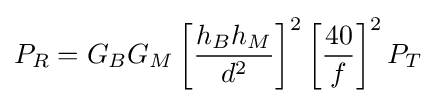
P_{R}=G_{B}G_{M}\left[{\frac {h_{B}h_{M}}{d^{2}}}\right]^{2}\left[{\frac {40}{f}}\right]^{2}P_{T}